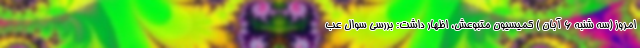
امروز (سه شنبه 6 آبان ) کمیسیون متبوعش، اظهار داشت: بررسی سوال عب